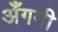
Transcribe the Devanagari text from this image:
अँगमी